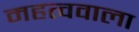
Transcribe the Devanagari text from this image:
महत्ववाला